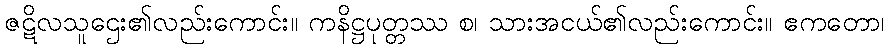
ဇဋိလသူဌေး၏လည်းကောင်း။ ကနိဋ္ဌပုတ္တဿ စ၊ သားအငယ်၏လည်းကောင်း။ ဧကတော၊